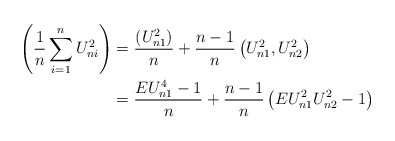
\begin{align*}\left(\frac{1}{n}\sum_{i=1}^n U^2_{ni}\right)&=\frac{(U^2_{n1})}{n}+\frac{n-1}{n}\left(U_{n1}^2,U_{n2}^2\right)\\&=\frac{EU^4_{n1}-1}{n}+\frac{n-1}{n}\left(EU_{n1}^2U_{n2}^2-1\right)\end{align*}